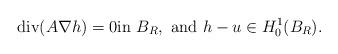
LaTeX: \begin{align*} \mbox{div}(A \nabla h) = 0 \mbox{in } B_R, \mbox{ and } h-u \in H^{1}_{0}(B_R).\end{align*}